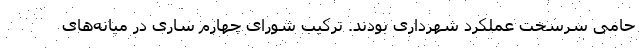
حامی سرسخت عملکرد شهرداری بودند. ترکیب شورای چهارم ساری در میانه‌های